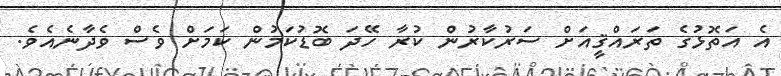
އެ އަތޮޅުގެ ތަރައްޤީއަށް ސަރުކާރުން ކުރާ ހޭދަ ބޮޑުކަމުން ކަމަށް ވެސް ވެދާނެއެވެ.